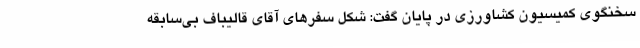
سخنگوی کمیسیون کشاورزی در پایان گفت: شکل سفرهای آقای قالیباف بی‌سابقه